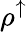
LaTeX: \rho^{\uparrow}